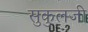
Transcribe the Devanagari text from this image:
सुकुलजी